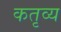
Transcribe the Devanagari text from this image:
कतृव्य